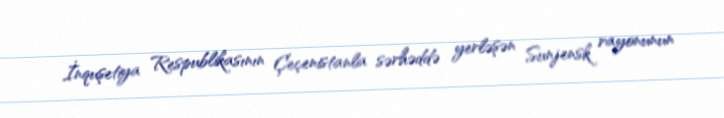
İnquşetiya Respublikasının Çeçenistanla sərhəddə yerləşən Sunjensk rayonunun